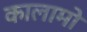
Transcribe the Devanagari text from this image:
कालामो